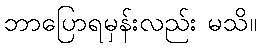
ဘာပြောရမှန်းလည်း မသိ။